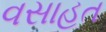
વસાહત